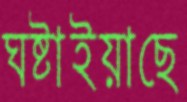
ঘষ্‌টাইয়াছে